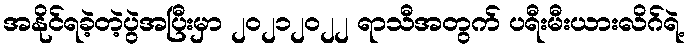
အနိုင်ရခဲ့တဲ့ပွဲအပြီးမှာ ၂၀၂၁၂၀၂၂ ရာသီအတွက် ပရီးမီးယားလိဂ်ရဲ့